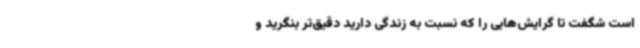
است شگفت تا گرایش‌هایی را که نسبت به زندگی دارید دقیق‌تر بنگرید و